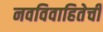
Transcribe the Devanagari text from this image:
नवविवाहितेची